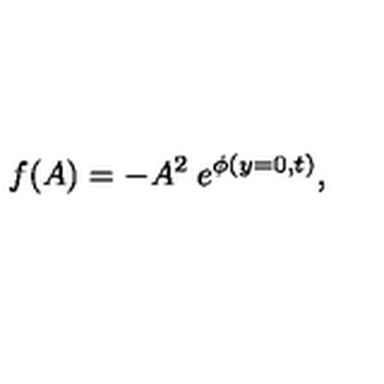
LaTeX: f ( A ) = - A ^ { 2 } \: e ^ { \phi ( y = 0 , t ) } ,